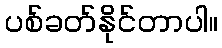
ပစ်ခတ်နိုင်တာပါ။